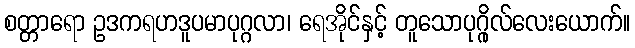
စတ္တာရော ဥဒကရဟဒူပမာပုဂ္ဂလာ၊ ရေအိုင်နှင့် တူသောပုဂ္ဂိုလ်လေးယောက်။